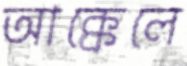
আক্কেলে